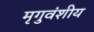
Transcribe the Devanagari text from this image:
मृगुवंशीय